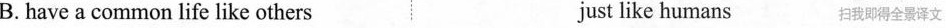
B. have a common life like others just like humans 扫我即得全景译文